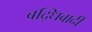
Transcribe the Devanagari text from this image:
बद्धिवादी